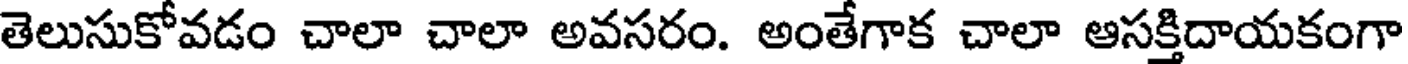
తెలుసుకోవడం చాలా చాలా అవసరం. అంతేగాక చాలా ఆసక్తిదాయకంగా